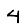
Digit: 4